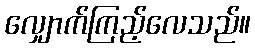
လျှောက်ကြည့်လေသည်။